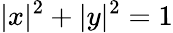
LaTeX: |x|^{2}+|y|^{2}=1